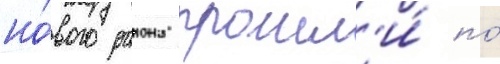
но́вого раиона прошл'и́ по́